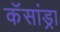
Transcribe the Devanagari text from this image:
कॅसांड्रा